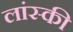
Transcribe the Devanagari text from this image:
लांस्की